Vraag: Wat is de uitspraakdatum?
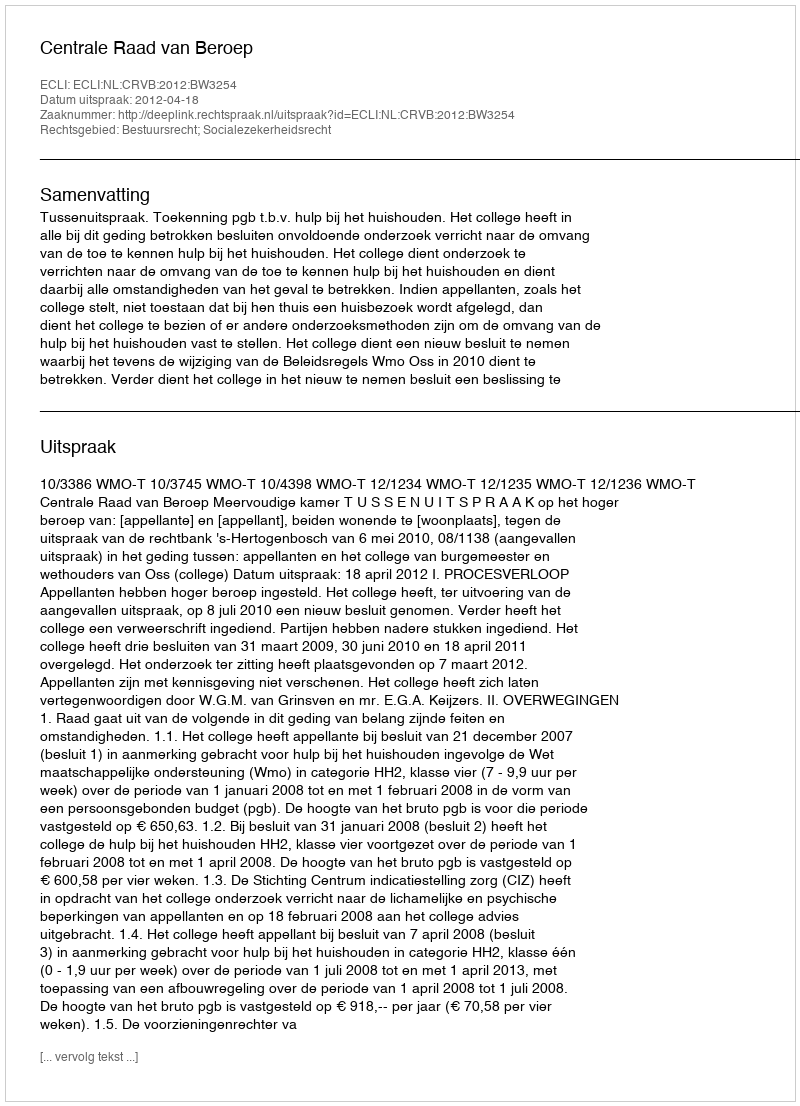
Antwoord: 2012-04-18